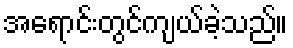
အရောင်းတွင်ကျယ်ခဲ့သည်။